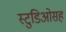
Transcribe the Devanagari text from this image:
स्टुडिओसह